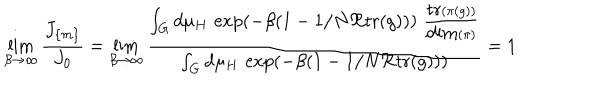
LaTeX: \lim _ { \beta \to \infty } \frac { J _ { \{ m \} } } { J _ { 0 } } = \lim _ { \beta \to \infty } \frac { \int _ { G } d \mu _ { H } \, \exp ( - \beta ( 1 - 1 / N \Re \mathrm { t r } ( g ) ) ) \, \, \frac { \mathrm { t r } ( \pi ( g ) ) } { \mathrm { d i m } ( \pi ) } } { \int _ { G } d \mu _ { H } \, \exp ( - \beta ( 1 - 1 / N \Re \mathrm { t r } ( g ) ) ) } = 1